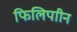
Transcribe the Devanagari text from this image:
फिलिपाीन